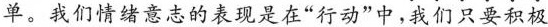
单。我们情绪意志的表现是在”行动”中，我们只要积极